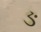
ઙ